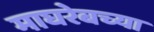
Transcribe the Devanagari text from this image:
माघरेबच्या